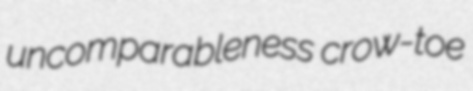
uncomparableness crow-toe